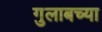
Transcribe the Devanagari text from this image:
गुलाबच्या